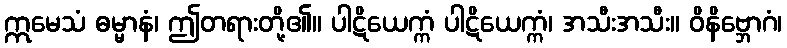
ဣမေသံ ဓမ္မာနံ၊ ဤတရားတို့၏။ ပါဋိယေက္ကံ ပါဋိယေက္ကံ၊ အသီးအသီး။ ဝိနိဗ္ဘောဂံ၊